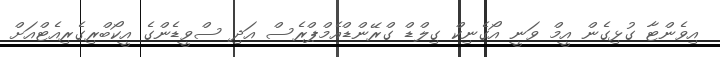
އިވެންޓާ ގުޅިގެން އީމް ވަނީ އޯގެނިކް ގިލްޑް ގްރޭންޑްއެމްޕްރެސް އަދި ސްވީޑެންގެ އީކޯބްރިގެރިއެޓްއަށް